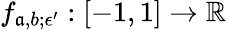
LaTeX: f_{\mathfrak{a},b;\epsilon^{\prime}}:[-1,1]\to\mathbb{{R}}